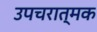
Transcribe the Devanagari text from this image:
उपचरात्मक